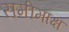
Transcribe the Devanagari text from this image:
समीमाक्ष